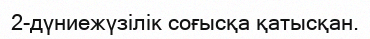
2-дүниежүзілік соғысқа қатысқан.